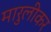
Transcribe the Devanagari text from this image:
मारुलीकर